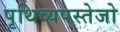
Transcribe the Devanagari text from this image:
पृथिव्यपस्तेजो